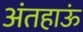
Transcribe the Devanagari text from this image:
अंतहाऊं